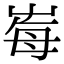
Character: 𡴕